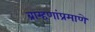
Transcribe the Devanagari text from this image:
ब्राम्हणांप्रमाणे